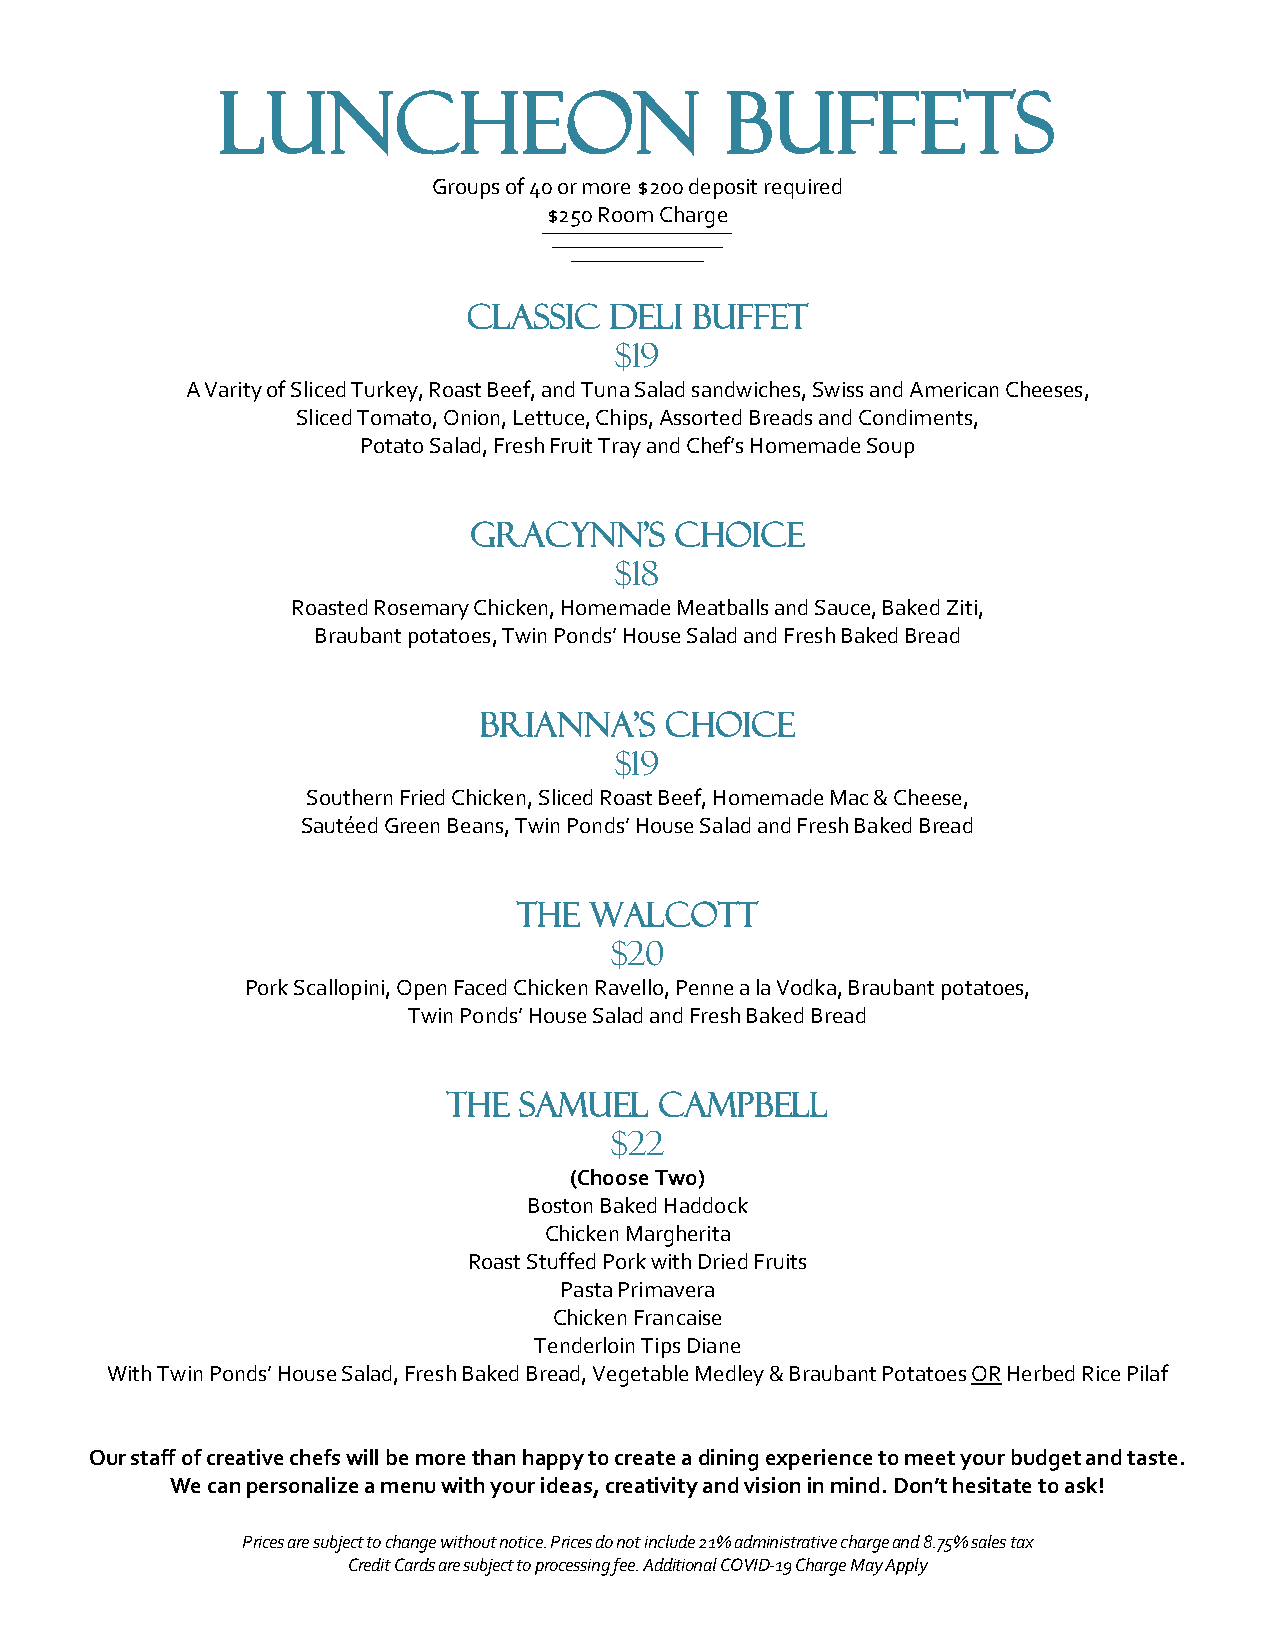
Luncheon                         Buffets
 Groups of 40 or more $200 deposit required
 $250 Room Charge
 ——————————
 —————————
 ———————
 Classic  Deli  Buffet
 $19
 A Varity of Sliced Turkey, Roast Beef, and Tuna Salad sandwiches, Swiss and American Cheeses,
 Sliced Tomato, Onion, Lettuce, Chips, Assorted Breads and Condiments,
 Potato Salad, Fresh Fruit Tray and Chef’s Homemade Soup
 Gracynn’s     Choice
 $18
 Roasted Rosemary Chicken, Homemade Meatballs and Sauce, Baked Ziti,
 Braubant potatoes, Twin Ponds’ House Salad and Fresh Baked Bread
 Brianna’s   Choice
 $19
 Southern Fried Chicken, Sliced Roast Beef, Homemade Mac & Cheese,
 Sautéed Green Beans, Twin Ponds’ House Salad and Fresh Baked Bread
 The  Walcott
 $20
 Pork Scallopini, Open Faced Chicken Ravello, Penne a la Vodka, Braubant potatoes,
 Twin Ponds’ House Salad and Fresh Baked Bread
 The Samuel    Campbell
 $22
 (Choose Two)
 Boston Baked Haddock
 Chicken Margherita
 Roast Stuffed Pork with Dried Fruits
 Pasta Primavera
 Chicken Francaise
 Tenderloin Tips Diane
 With Twin Ponds’ House Salad, Fresh Baked Bread, Vegetable Medley & Braubant Potatoes OR Herbed Rice Pilaf
 Our staff of creative chefs will be more than happy to create a dining experience to meet your budget and taste.
 We can personalize a menu with your ideas, creativity and vision in mind. Don’t hesitate to ask!
 Prices are subject to change without notice. Prices do not include 21% administrative charge and 8.75% sales tax
 Credit Cards are subject to processing fee. Additional COVID-19 Charge May Apply